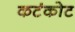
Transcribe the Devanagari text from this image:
कटंकोट